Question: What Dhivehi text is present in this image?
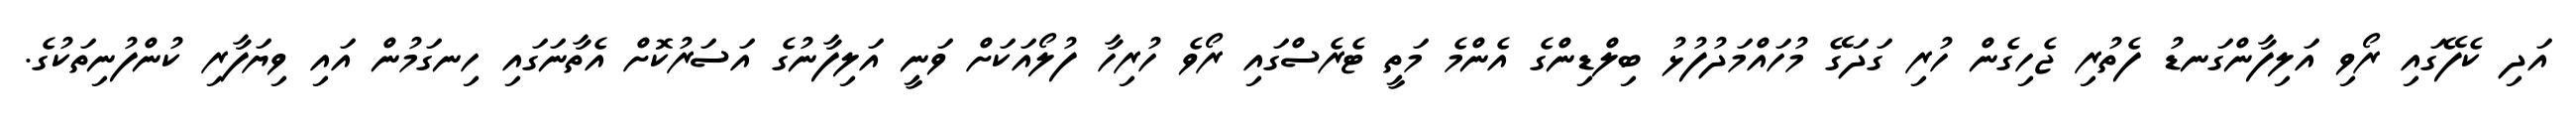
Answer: އަދި ކެފޭގައި ރޯވި އަލިފާންގަނޑު ފެތުރި ޖެހިގެން ހުރި ގަދަގޭ މުހައްމަދުފުޅު ބިލްޑިންގެ އެންމެ މަތީ ޓެރެސްގައި ރޯވެ ހުރިހާ ފުލޯއަކަށް ވަނީ އަލިފާނުގެ އަސަރުކޮށް އެތާނަގައި ހިނގަމުން އައި ވިޔަފާރި ކުންފުނިތަކުގެ.